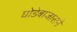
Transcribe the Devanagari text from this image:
घोडेबाजाराने